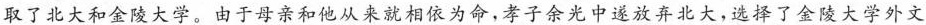
取了北大和金陵大学。由于母亲和他从来就相依为命，孝子余光中遂放弃北大，选择了金陵大学外文